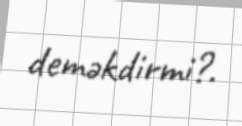
deməkdirmi?.